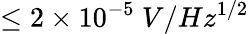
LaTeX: \leq 2\times 10^{-5}\ V/Hz^{1/2}